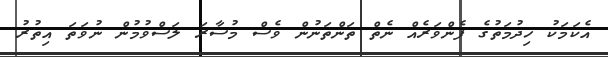
އެކަމަކު ހިދުމަތުގެ ފެންވަރެއް ނެތް ތަންތަނުން ވެސް މުސާރަ ލަސްވުމުން ނުވަތަ އިތުރު